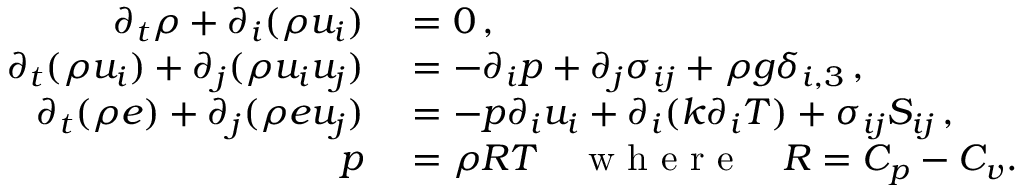
\begin{array} { r l } { \partial _ { t } \rho + \partial _ { i } ( \rho u _ { i } ) } & { { } = 0 \, , } \\ { \partial _ { t } ( \rho u _ { i } ) + \partial _ { j } ( \rho u _ { i } u _ { j } ) } & { { } = - \partial _ { i } p + \partial _ { j } \sigma _ { i j } + \rho g \delta _ { i , 3 } \, , } \\ { \partial _ { t } ( \rho e ) + \partial _ { j } ( \rho e u _ { j } ) } & { { } = - p \partial _ { i } u _ { i } + \partial _ { i } ( k \partial _ { i } T ) + \sigma _ { i j } S _ { i j } \, , } \\ { p } & { { } = \rho R T \quad \textrm { w h e r e } \quad R = C _ { p } - C _ { v } . } \end{array}